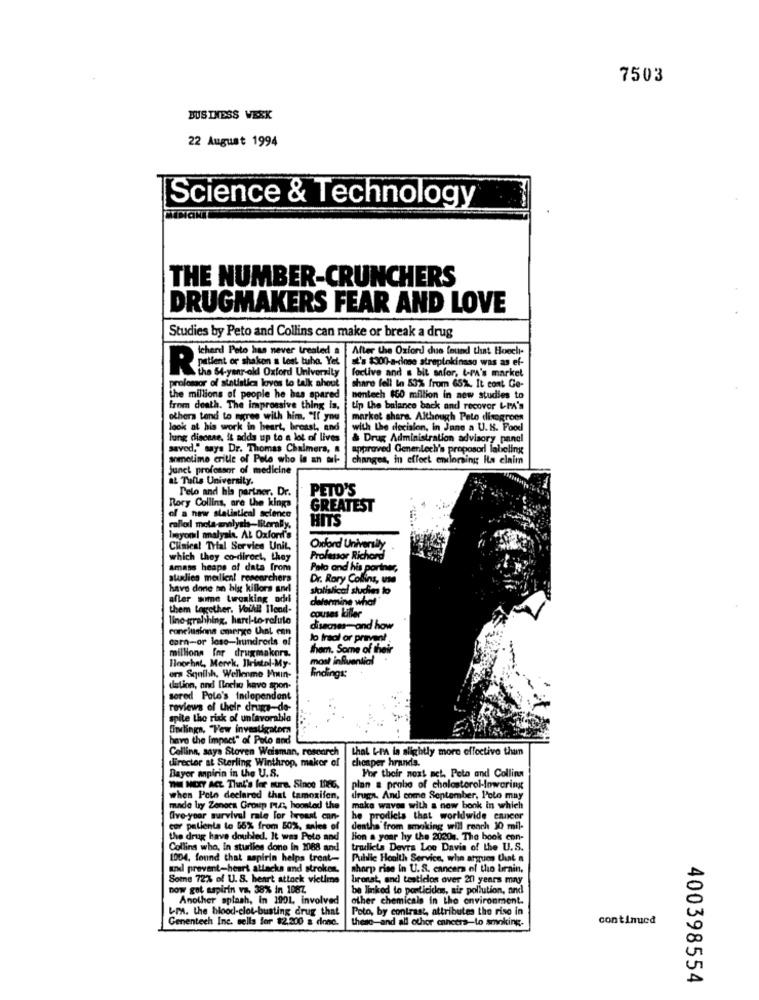
7503
BUSINESS WEEK
22 August 1994
Science & Technology
THE NUMBER-CRUNCHERS
DRUGMAKERS FEAR AND LOVE
Studies by Peto and Collins can make or break a drug
hard Pote has never treated . After the Oxford due found that Hoech
at's $300-a-dinge streptokinaso was as ef-
R istet of sharon lest buha. Ve
foclive and a bit anfor, t-PA's market
prolossor of statistics lovos to talk ahout
the 54-year-old Oxford University
share fell in 53% from 65%. It cont Ge-
the millions of people he has spared
mentech $60 million in new studies to
from death. The improssive thing in,
tip the balance back and recover LIA's
others tend to agree with him. "If you | market share. Although Peto disegroes
look at his work in heart, breast, and | with the decision, in Jane a U.K. Food
lung disease, it adds up to a lot of lives
& Drug Administration advisory panel
saved," says Dr. Thomas Chalmers,
approved Genentech's proposorl labeling
sometime crille of Pelo who is an mul-
changes, in effect endorsing its elaim
junct professor of medicine
at Tufts University.
Pelo and his partner. Dr.
PETO'S
Rory Collins, are the kings
GREATEST
of a new statistical science
HITS
callol mota-emlysh-IRerally,
lyonil malyale. AL Oxford's
Clinical Trial Service Unit,
Oxford University
which they co-direct, they
Professor Richard
Amass heaps of data from
Pato and his poriner
studies meillen! researchers
Dr. Rory Collins, un
have done an big killors and
statistical studie to
after some tweaking add
determine what
them together. Voihil Ilend-
couses killer
line-grahhing, harel-to- relulo
conclusions emerge Chint enn
disecnes-and how
corn-or loso-hundroris of
lo fraal or prevent
millions for drugmakors.
thom. Some of their
Floorhnt, Merck, Bristol-My-
most influential
ors Squihh, Wellenme Prun-
Findings:
dution, and Iloche have spon-
ored Polo's Independent
reviews of their drugs-de-
spite the risk of unfavorable
findings, "Few investigator
have the impact" of Polo and
Collina, says Stoven Weisman, research
that L-en la slightly more effective than
director at Sterling Winthrop, maker c
cheaper hrands.
Bayor anpirin in the U.S.
For their next net. Peto and Collina
THE MERY ACL That's for sure. Since 10-6,
plan & probe of cholesterol-lowering
when Pelo declared that tamoxifen,
druga. And come September, Polo may
made by Zeneca Group PtAt, hoonled the
make waves with a new bonk in which
yoor survival rate for bepaal can-
he prodlets that worldwide cancer
cor patients to 55% from 50%, sales of
dentha from smoking will rench 10 mil-
drug have doubled. It was Poto and
Hon s your hy the 2020. The book con-
Collins who, in sturlies done in 1088 and
tradicts Devra Loo Davis of the U.S.
1004, found that sapirin helps tront-
Public Health Service, whe argues that a
and prevent-heart attacks and strokon.
sharp rise in U.S. cancers of the brain,
Some 72% of U. S. heart attack victims
bronst, and testiclos over 20 years may
now got aspirin va, 38% in 1087.
be linked to pesticides, air pollution, and
Another splash, In 1901, involved
other chemicals in the environment.
Lm. the blood-clot-busting drug that
Poto, by contrast, attributes the rise in
Genentech Inc. sells for $2,200 a donc.
these-and all other enneers-to smoking.
continued
400398554